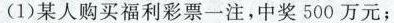
(1)某人购买福利彩票一注，中奖500万元；